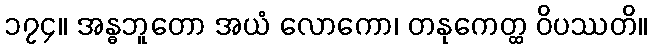
၁၇၄။ အန္ဓဘူတော အယံ လောကော၊ တနုကေတ္ထ ဝိပဿတိ။